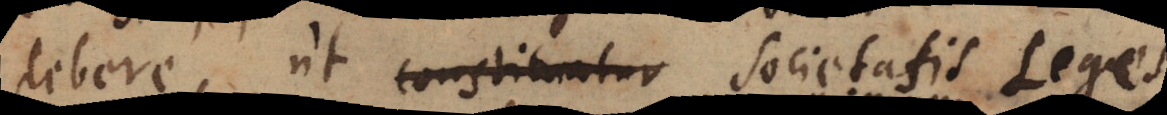
debere, ut constituantur Societatis Leges